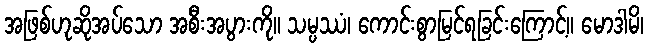
အဖြစ်ဟုဆိုအပ်သော အစီးအပွားကို။ သမ္ပဿံ၊ ကောင်းစွာမြင်ရခြင်းကြောင့်။ မောဒါမိ၊